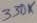
Text: 330K